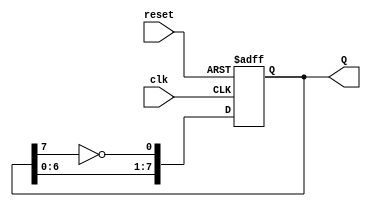
module johnson_counter (
    input wire clk,        // Clock signal
    input wire reset,      // Asynchronous reset signal
    output reg [7:0] Q     // 8-bit output representing the state of the counter
);

    // Always block triggered on the rising edge of the clock or the reset signal
    always @(posedge clk or posedge reset) begin
        if (reset) begin
            // Asynchronous reset: set all flip-flops to 0
            Q <= 8'b00000000;
        end else begin
            // Johnson counter logic
            Q[0] <= ~Q[7]; // Invert the last flip-flop and feed it to the first
            Q[7:1] <= Q[6:0]; // Shift the current state to the right
        end
    end

endmodule